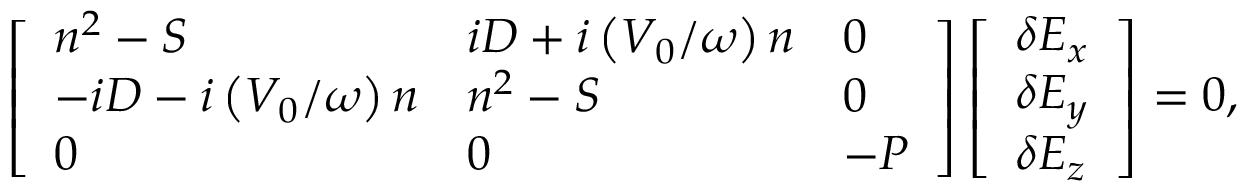
\left[ \begin{array} { l l l } { n ^ { 2 } - S } & { i D + i \left( V _ { 0 } / \omega \right) n } & { 0 } \\ { - i D - i \left( V _ { 0 } / \omega \right) n } & { n ^ { 2 } - S } & { 0 } \\ { 0 } & { 0 } & { - P } \end{array} \right] \left[ \begin{array} { l } { \delta E _ { x } } \\ { \delta E _ { y } } \\ { \delta E _ { z } } \end{array} \right] = 0 ,